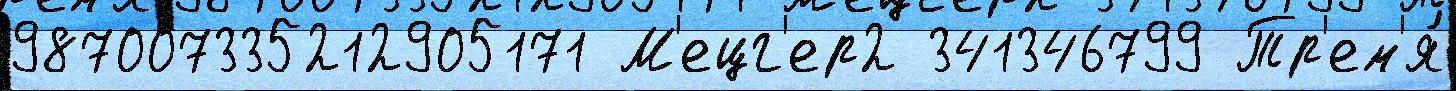
987007335212905171 М'ецг'ер2 341346799 Тр'ем'я́